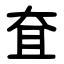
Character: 㚗